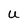
Character: U